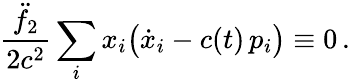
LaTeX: \frac{\ddot{f}_{2}}{2c^{2}}\sum_{i}x_{i}\big(\dot{x}_{i}-c(t)\, p_{i}\big)\equiv 0\, .